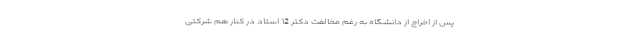
پس از اخراج از دانشگاه به رغم مخالفت دکتر 12 استاد در کنار هم شرکتی